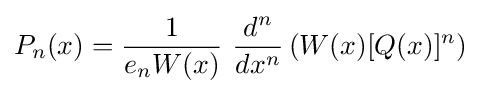
P_{n}(x)={\frac {1}{{e_{n}}W(x)}}\ {\frac {d^{n}}{dx^{n}}}\left(W(x)[Q(x)]^{n}\right)